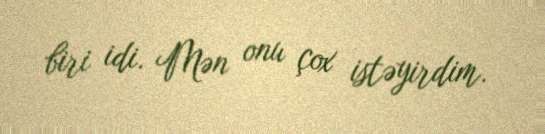
biri idi. Mən onu çox istəyirdim.